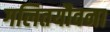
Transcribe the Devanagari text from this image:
गलितयौवना